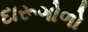
દારૂગોળો